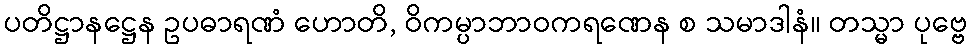
ပတိဋ္ဌာနဋ္ဌေန ဥပဓာရဏံ ဟောတိ, ဝိကမ္ပာဘာဝကရဏေန စ သမာဒါနံ။ တသ္မာ ပုဗ္ဗေ